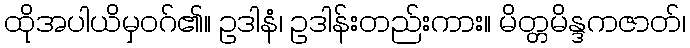
ထိုအပါယိမှဝဂ်၏။ ဥဒါနံ၊ ဥဒါန်းတည်းကား။ မိတ္တမိန္ဒကဇာတ်၊